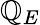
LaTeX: \mathbb{Q}_{E}